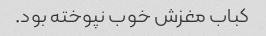
کباب مغزش خوب نپوخته بود.